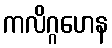
ကလိဂ္ဂဟေန